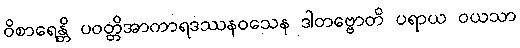
ဝိစာရေန္တိ ပဝတ္တိအာကာရဒဿနဝသေန ဒါတဗ္ဗောတိ ပရာယ ဝယသာ